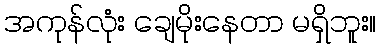
အကုန်လုံး ချေမိုးနေတာ မရှိဘူး။